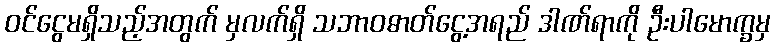
ဝင်ငွေမရှိသည့်အတွက် မှလက်ရှိ သဘာဝဓာတ်ငွေ့အရည် ဒါဏ်ရာကို ဦးပါမောက္ခမှ